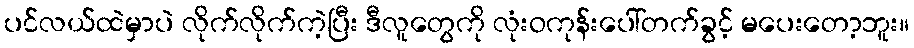
ပင်လယ်ထဲမှာပဲ လိုက်လိုက်ကဲ့ပြီး ဒီလူတွေကို လုံးဝကုန်းပေါ်တက်ခွင့် မပေးတော့ဘူး။